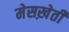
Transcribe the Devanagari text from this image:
मेसख़ेती